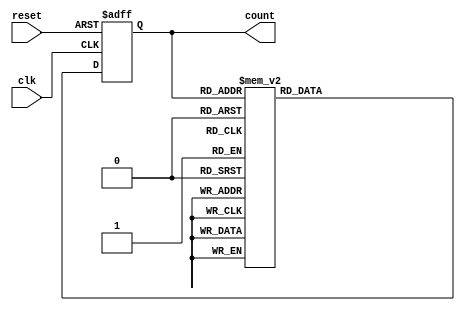
module DecadeRingCounter (
    input wire clk,       // Clock input
    input wire reset,     // Asynchronous reset input
    output reg [3:0] count // 4-bit output count
);

// Always block triggered on clock edges and reset signal
always @(posedge clk or posedge reset) begin
    if (reset) begin
        count <= 4'b0000; // Reset the counter to 0000
    end else begin
        case (count)
            4'b0000: count <= 4'b0001; // 0 -> 1
            4'b0001: count <= 4'b0010; // 1 -> 2
            4'b0010: count <= 4'b0011; // 2 -> 3
            4'b0011: count <= 4'b0100; // 3 -> 4
            4'b0100: count <= 4'b0101; // 4 -> 5
            4'b0101: count <= 4'b0110; // 5 -> 6
            4'b0110: count <= 4'b0111; // 6 -> 7
            4'b0111: count <= 4'b1000; // 7 -> 8
            4'b1000: count <= 4'b1001; // 8 -> 9
            4'b1001: count <= 4'b0000; // 9 -> 0 (wrap around)
            default: count <= 4'b0000; // Default to reset state
        endcase
    end
end

endmodule